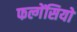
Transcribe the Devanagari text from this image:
फल्गेंसियो